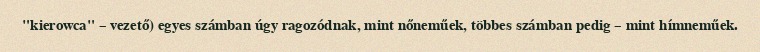
"kierowca" – vezető) egyes számban úgy ragozódnak, mint nőneműek, többes számban pedig – mint hímneműek.